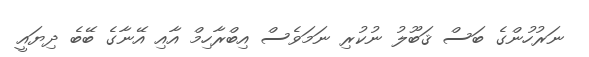
ނަރުހުންގެ ބަސް ޤަބޫލު ނުކުރި ނަމަވެސް އިބްރާހިމް އާއި އޭނާގެ ބޭބެ ދިޔައީ